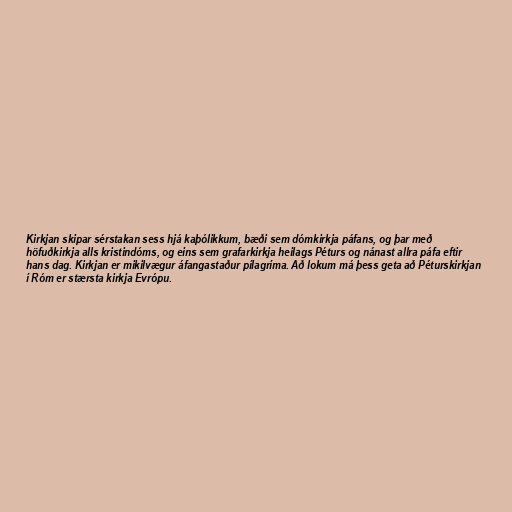
Kirkjan skipar sérstakan sess hjá kaþólikkum, bæði sem dómkirkja páfans, og þar með
höfuðkirkja alls kristindóms, og eins sem grafarkirkja heilags Péturs og nánast allra páfa eftir
hans dag. Kirkjan er mikilvægur áfangastaður pílagríma. Að lokum má þess geta að Péturskirkjan
í Róm er stærsta kirkja Evrópu.